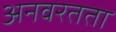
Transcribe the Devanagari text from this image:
अनवरतता